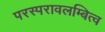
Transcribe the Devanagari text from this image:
परस्परावलम्बित्व